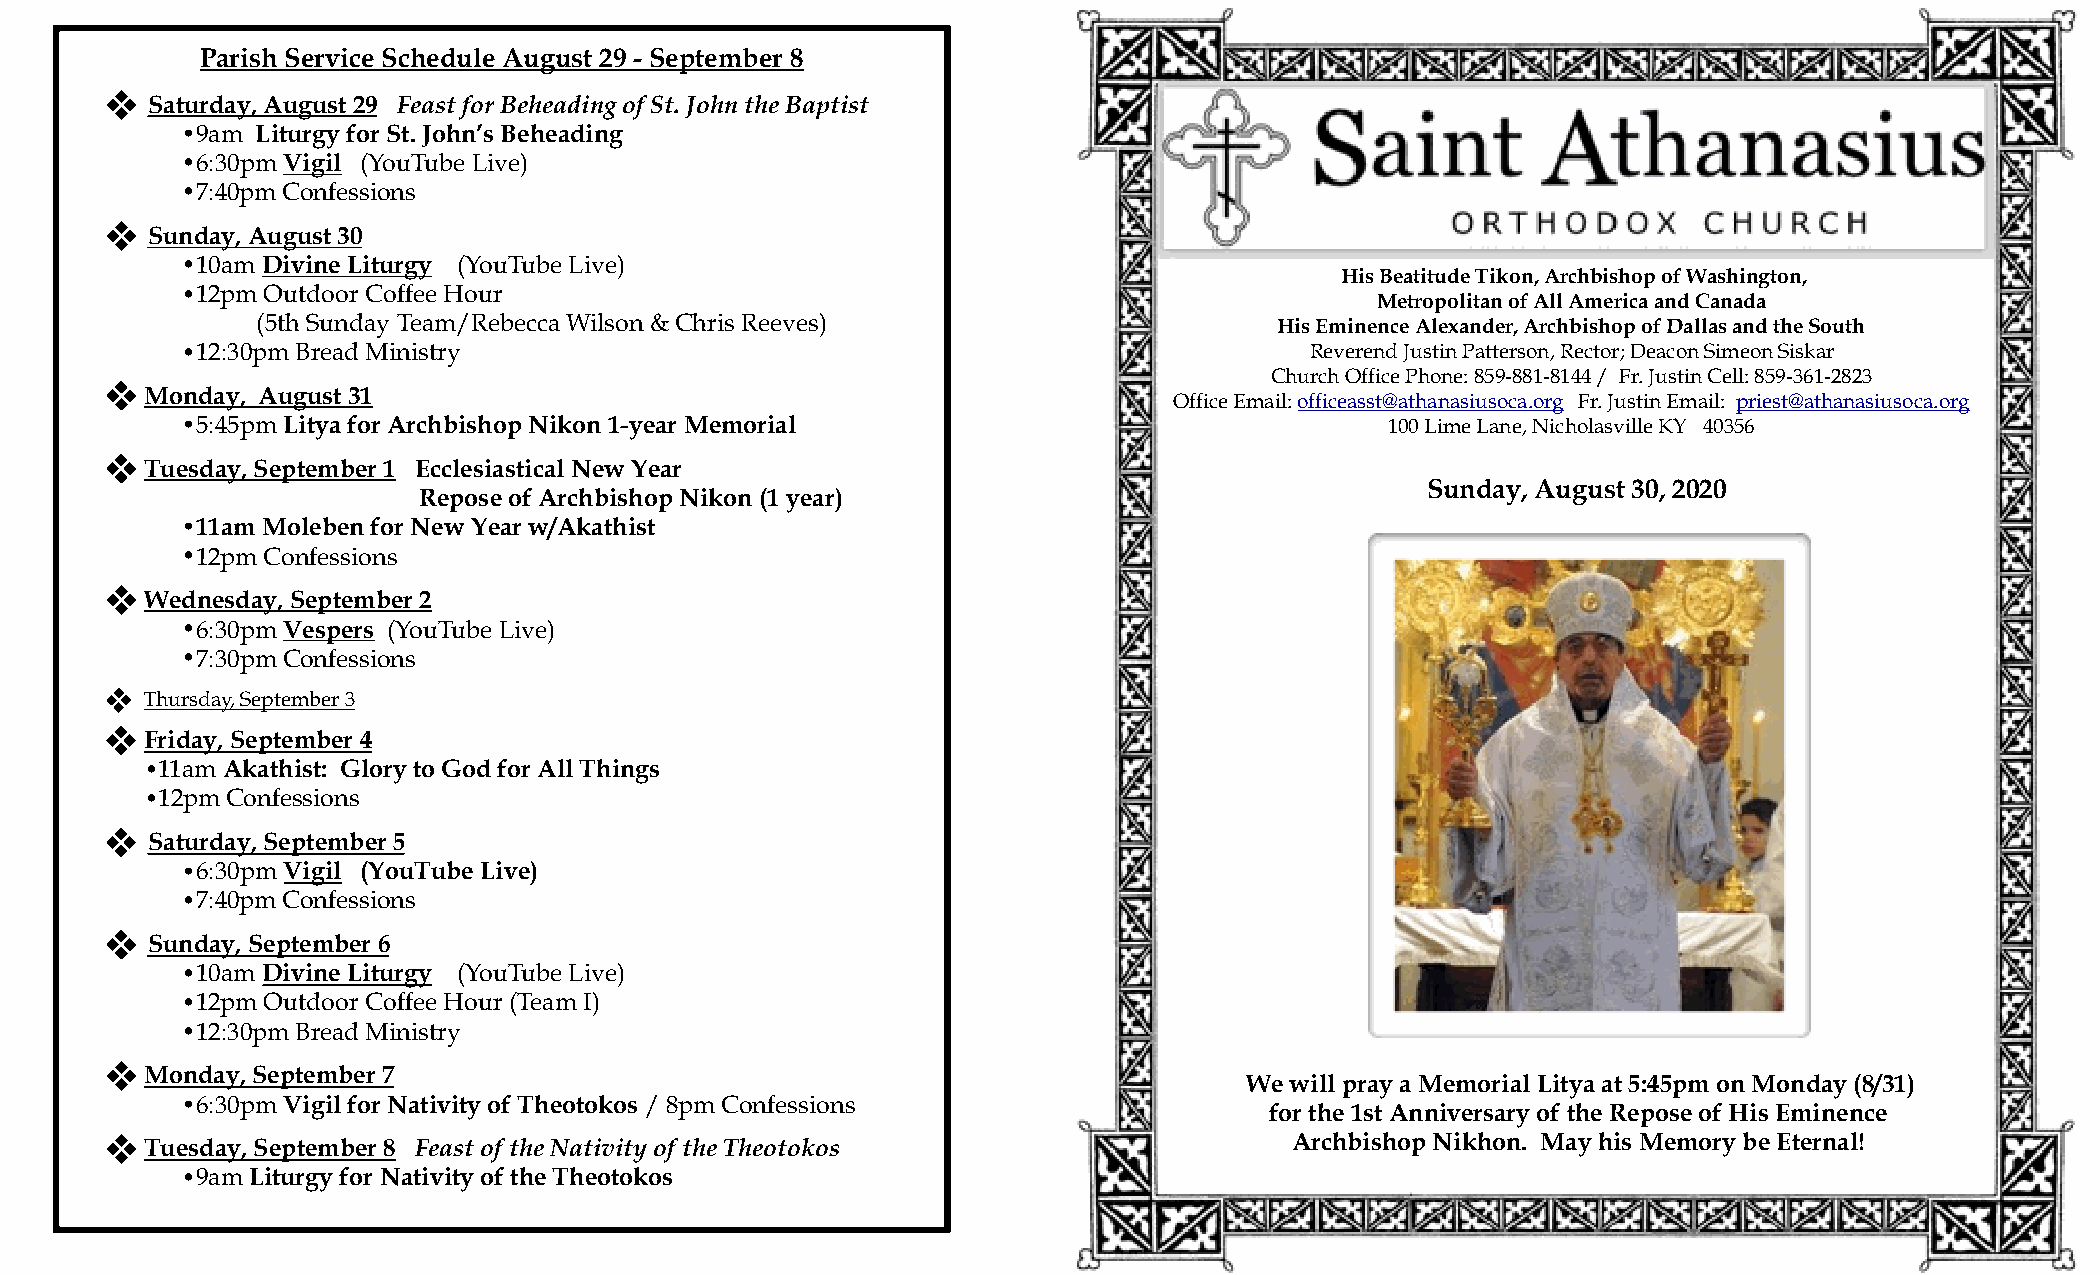
Parish Service Schedule August 29 - September 8
 Saturday, August 29 Feast for Beheading of St. John the Baptist
 •9am Liturgy for St. John’s Beheading
 •6:30pm Vigil (YouTube Live)
 •7:40pm Confessions
 Sunday, August 30
 •10am Divine Liturgy (YouTube Live)
 His Beatitude Tikon, Archbishop of Washington,
 •12pm Outdoor Coffee Hour
 Metropolitan of All America and Canada
 (5th Sunday Team/Rebecca Wilson & Chris Reeves)                     His Eminence Alexander, Archbishop of Dallas and the South
 •12:30pm Bread Ministry                                                    Reverend Justin Patterson, Rector; Deacon Simeon Siskar
 Church Office Phone: 859-881-8144 / Fr. Justin Cell: 859-361-2823
 Monday, August 31
 Office Email: officeasst@athanasiusoca.org Fr. Justin Email: priest@athanasiusoca.org
 •5:45pm Litya for Archbishop Nikon 1-year Memorial                              100 Lime Lane, Nicholasville KY 40356
 Tuesday, September 1 Ecclesiastical New Year
 Sunday, August 30, 2020
 Repose of Archbishop Nikon (1 year)
 •11am Moleben for New Year w/Akathist
 •12pm Confessions
 Wednesday, September 2
 •6:30pm Vespers (YouTube Live)
 •7:30pm Confessions
 Thursday, September 3
 Friday, September 4
 •11am Akathist: Glory to God for All Things
 •12pm Confessions
 Saturday, September 5
 •6:30pm Vigil (YouTube Live)
 •7:40pm Confessions
 Sunday, September 6
 •10am Divine Liturgy (YouTube Live)
 •12pm Outdoor Coffee Hour (Team I)
 •12:30pm Bread Ministry
 Monday, September 7
 We will pray a Memorial Litya at 5:45pm on Monday (8/31)
 •6:30pm Vigil for Nativity of Theotokos / 8pm Confessions
 for the 1st Anniversary of the Repose of His Eminence
 Tuesday, September 8 Feast of the Nativity of the Theotokos                 Archbishop Nikhon. May his Memory be Eternal!
 •9am Liturgy for Nativity of the Theotokos